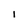
Character: i